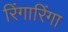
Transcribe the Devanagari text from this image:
रिंगारिंगा